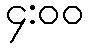
၄:၀၀